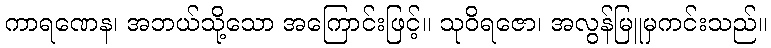
ကာရဏေန၊ အဘယ်သို့သော အကြောင်းဖြင့်။ သုဝိရဇော၊ အလွန်မြူမှကင်းသည်။